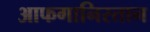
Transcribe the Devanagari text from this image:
आफगानिस्तान